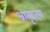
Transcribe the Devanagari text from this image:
भ्रातृहत्या